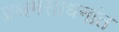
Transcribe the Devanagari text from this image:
प्रथमसाधनांत